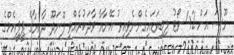
މޫސަ އަށް 42 ވޯޓު ލިބިވަޑައިގެންނެވިއިރު އޭނާއާ ވާދަކުރެއްވި ފޮނަދޫ ދާއިރާގެ ޕީޕީއެމްގެ